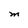
Character: M